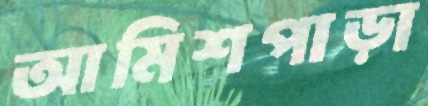
আমিশপাড়া